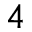
_ { 4 }